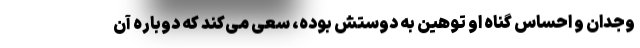
وجدان و احساس گناه او توهین به دوستش بوده، سعی می‌کند که دوباره آن